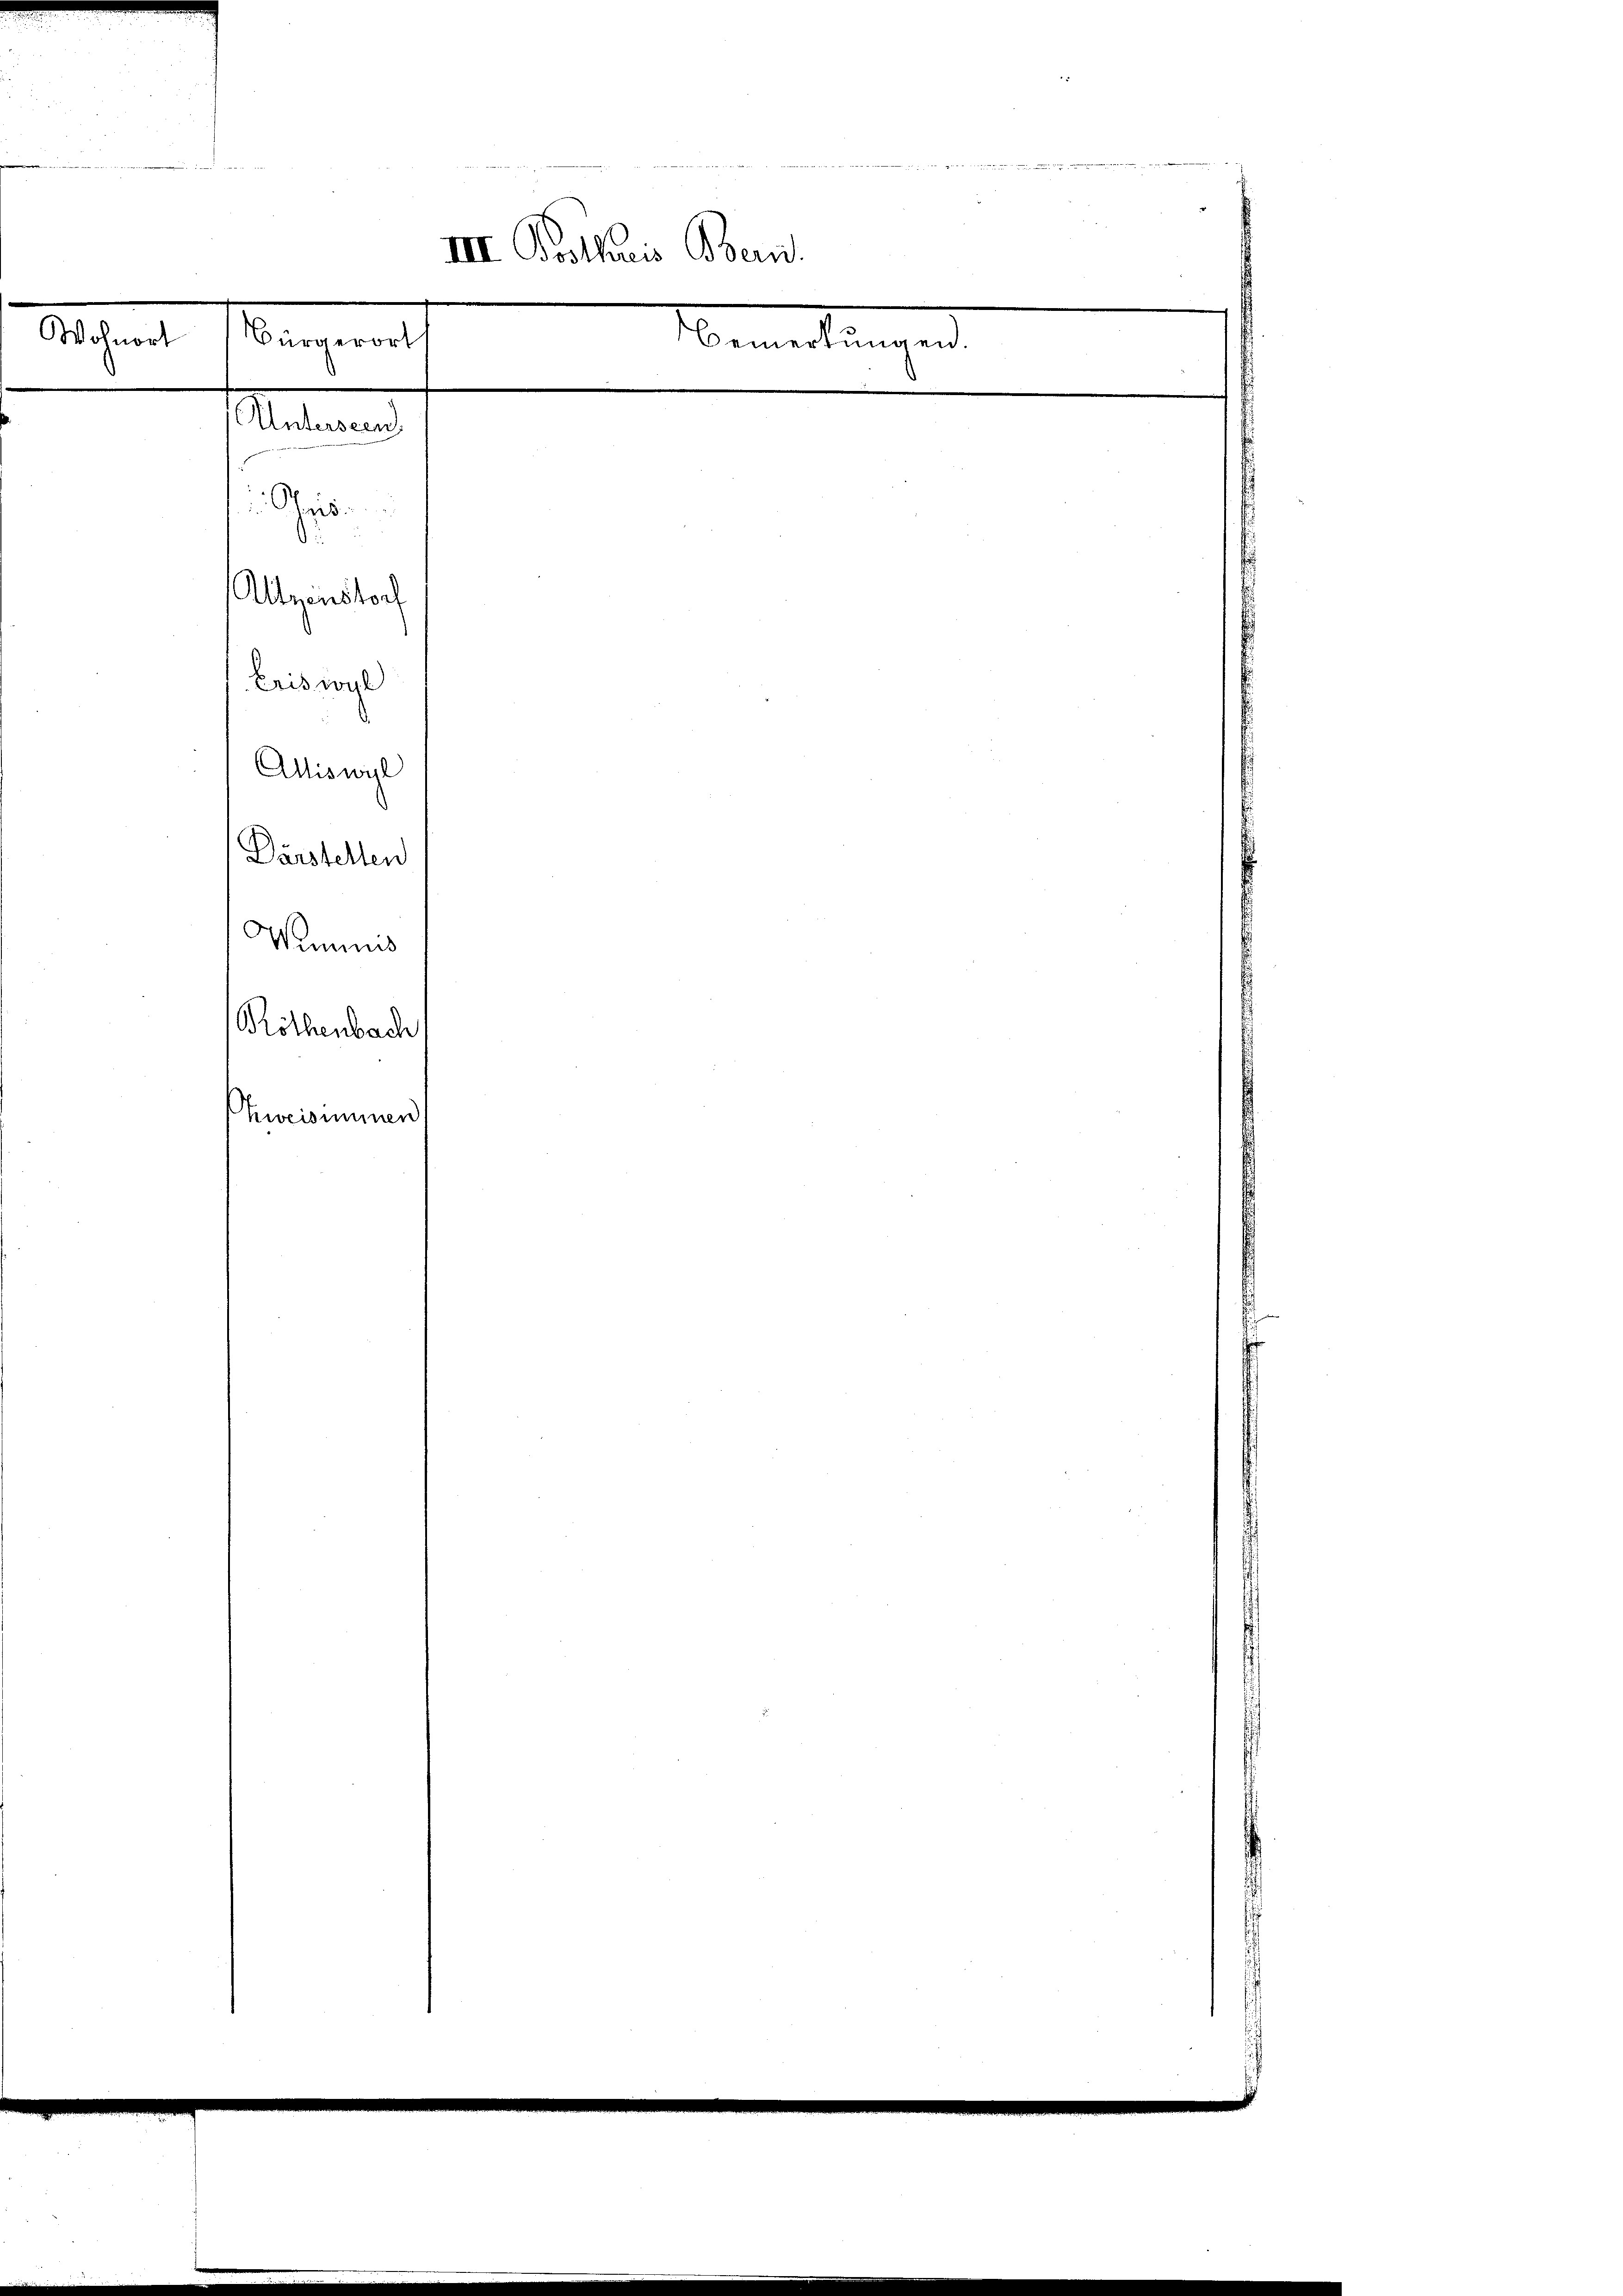
III. Posthuis Bern.
Wohnort
Bürgerort
Bemerkungen.

e

Unterscen
Ges
Altzenstorf

Eriswyl

Röthenbach
Zeisimmen

Alliswyl
Dürstelten
Wimnus